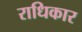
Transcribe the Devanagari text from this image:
राधिकार